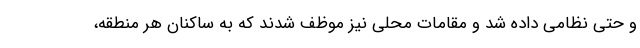
و حتی نظامی داده شد و مقامات محلی نیز موظف شدند که به ساکنان هر منطقه،